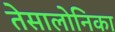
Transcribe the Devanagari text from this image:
तेसालोनिका